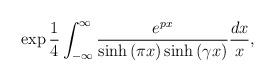
LaTeX: \begin{align*} \exp \frac{1}{4} \int_{-\infty}^{\infty} \frac{e^{p x}}{\sinh{(\pi x)}\sinh{(\gamma x)}} \frac{dx}{x} ,\end{align*}